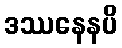
ဒဿနေနပိ